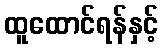
ထူထောင်ရန်နှင့်